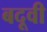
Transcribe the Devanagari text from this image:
बदूवी